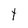
Character: t